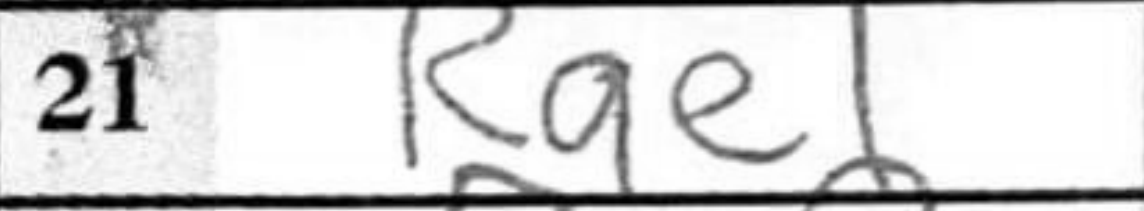
Transcription: Rge1